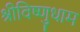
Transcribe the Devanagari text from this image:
श्रीविष्णुधाम